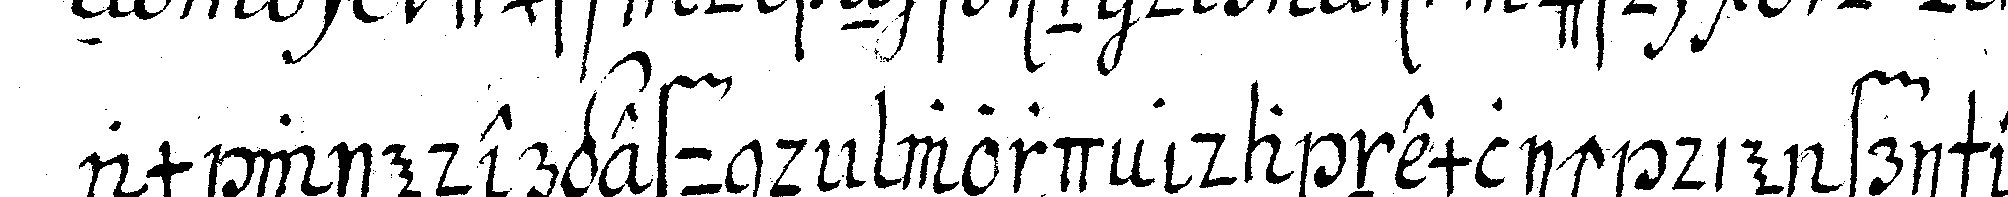
am wiedergefundeN wordeN da nemlich die frische